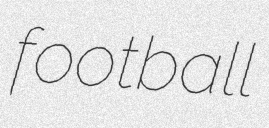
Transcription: football